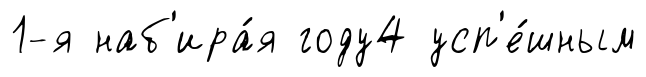
1-я наб'ира́я году4 усп'е́шным